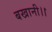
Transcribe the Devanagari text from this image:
बखानी।।